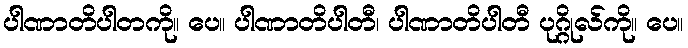
ပါဏာတိပါတကို။ ပေ။ ပါဏာတိပါတီ၊ ပါဏာတိပါတီ ပုဂ္ဂိုလ်ကို။ ပေ။